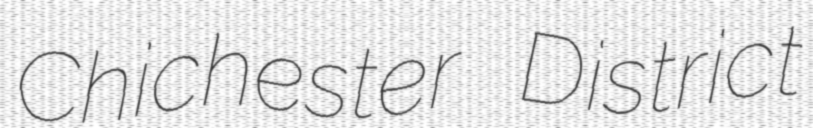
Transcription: Chichester District